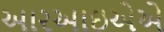
આરઆઇએએ